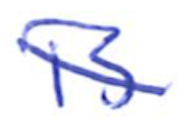
Text: is
Cross-out: diagonal
Writing tool: ballpoint